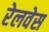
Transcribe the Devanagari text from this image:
रेलवेस